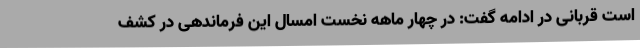
است قربانی در ادامه گفت: در چهار ماهه نخست امسال این فرماندهی در کشف